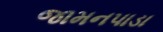
જામનપાડા